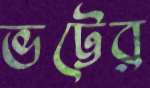
ভট্টের